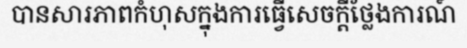
បានសារភាពកំហុសក្នុងការធ្វើសេចក្តីថ្លែងការណ៍